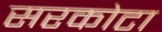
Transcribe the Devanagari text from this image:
सरकोटा